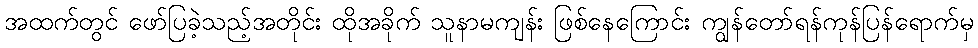
အထက်တွင် ဖော်ပြခဲ့သည့်အတိုင်း ထိုအခိုက် သူနာမကျန်း ဖြစ်နေကြောင်း ကျွန်တော်ရန်ကုန်ပြန်ရောက်မှ